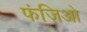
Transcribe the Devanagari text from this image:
फंजिओ